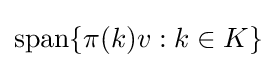
{\text{span}}\{\pi (k)v:k\in K\}